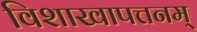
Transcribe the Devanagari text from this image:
विशाखापत्तनम्‌